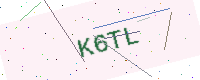
Text: K6TL